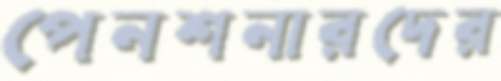
পেনশনারদের